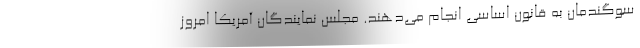
سوگندمان به قانون اساسی انجام می‌دهند. مجلس نمایندگان آمریکا امروز